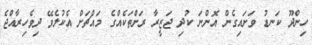
ހިންދޫ ކަނޑު ވަށައިގެން އޮންނަ ކުދި ޖަޒީރާ ރަށްތަކެއްގެ މައްޗަށް އެކުލެވޭ ދިވެހިރާއްޖެ